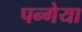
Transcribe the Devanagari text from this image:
पन्गेया